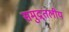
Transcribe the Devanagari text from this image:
समुद्र्तलीय